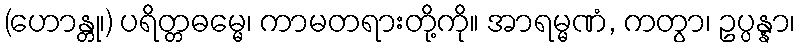
(ဟောန္တု၊) ပရိတ္တဓမ္မေ၊ ကာမတရားတို့ကို။ အာရမ္မဏံ, ကတွာ၊ ဥပ္ပန္နာ၊